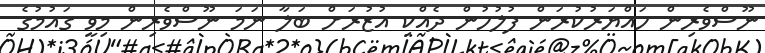
ނޫސްވެރިން ހައްޔަރުކުރަން ފުލުހުން ދެއްކި އުޒުރަށް ބަލާ ނަމަ ނޫސްވެރިން މިވީ ގައުމުގެ